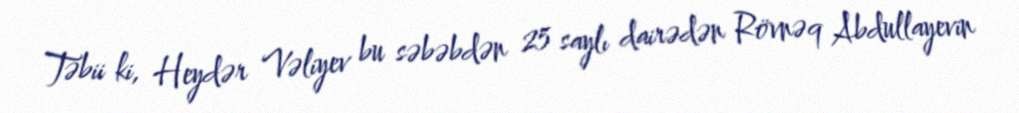
Təbii ki, Heydər Vəliyev bu səbəbdən 25 saylı dairədən Rövnəq Abdullayevin